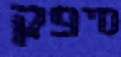
סיפק